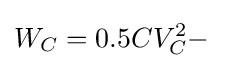
W_{C}=0.5CV_{C}^{2}-\